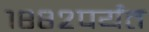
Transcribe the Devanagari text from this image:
१८८२पर्यंत